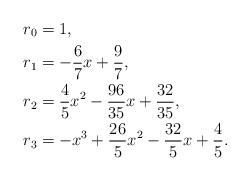
LaTeX: \begin{align*}&r_0=1,\\&r_1=-\frac 67 x + \frac 97,\\&r_2=\frac45 x^2 - \frac{96}{35} x + \frac{32}{35},\\&r_3=-x^3 + \frac{26}5x^2 - \frac{32}5x + \frac45.\end{align*}